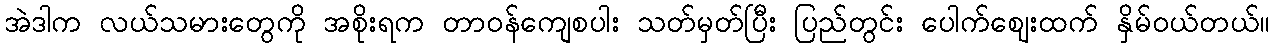
အဲဒါက လယ်သမားတွေကို အစိုးရက တာဝန်ကျေစပါး သတ်မှတ်ပြီး ပြည်တွင်း ပေါက်ဈေးထက် နှိမ်ဝယ်တယ်။